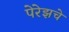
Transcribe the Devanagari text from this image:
पेरेझचे